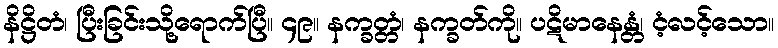
နိဋ္ဌိတံ၊ ပြီးခြင်းသို့ရောက်ပြီ။ ၄၉။ နက္ခတ္တံ၊ နက္ခတ်ကို။ ပဋိမာနေန္တံ၊ ငံ့လင့်သော။